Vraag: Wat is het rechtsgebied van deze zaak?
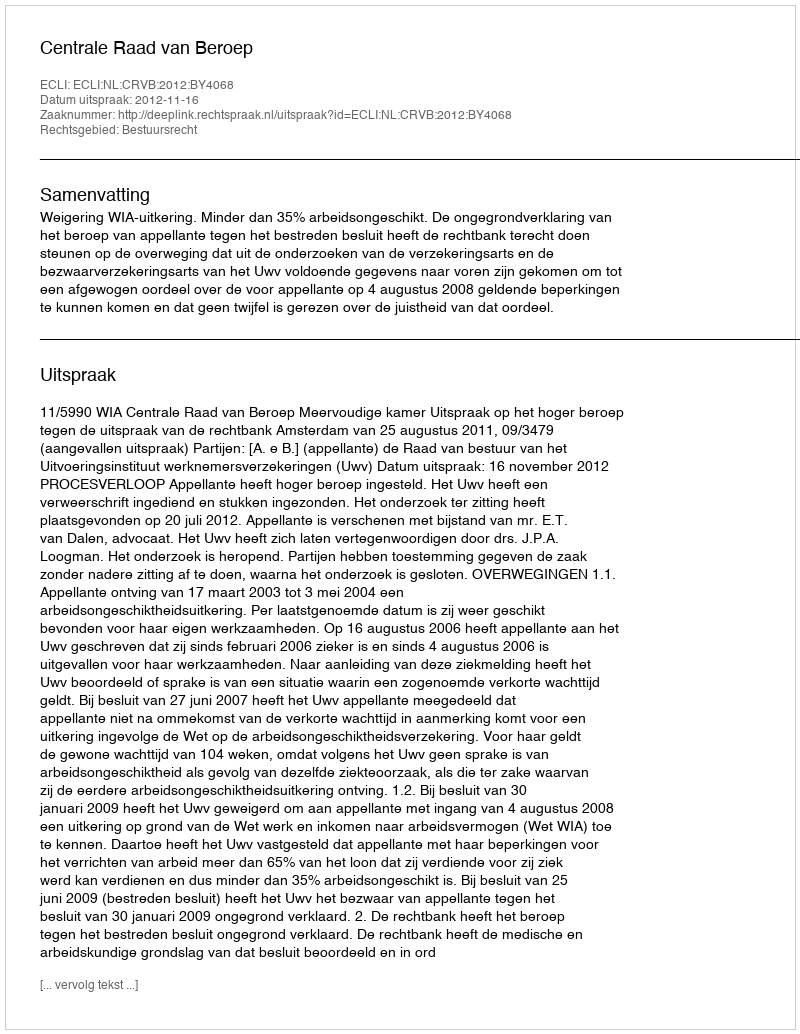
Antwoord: Bestuursrecht